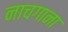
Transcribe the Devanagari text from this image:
नाचगाना